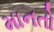
માનતો